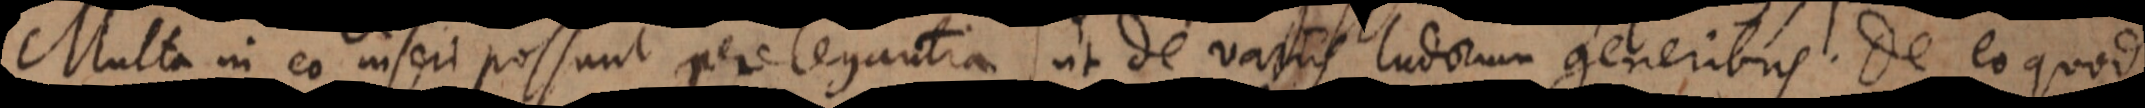
Multa in eo inseri possunt perelegantia, ut de variis ludorum generibus. De eo quod